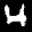
Label: 4